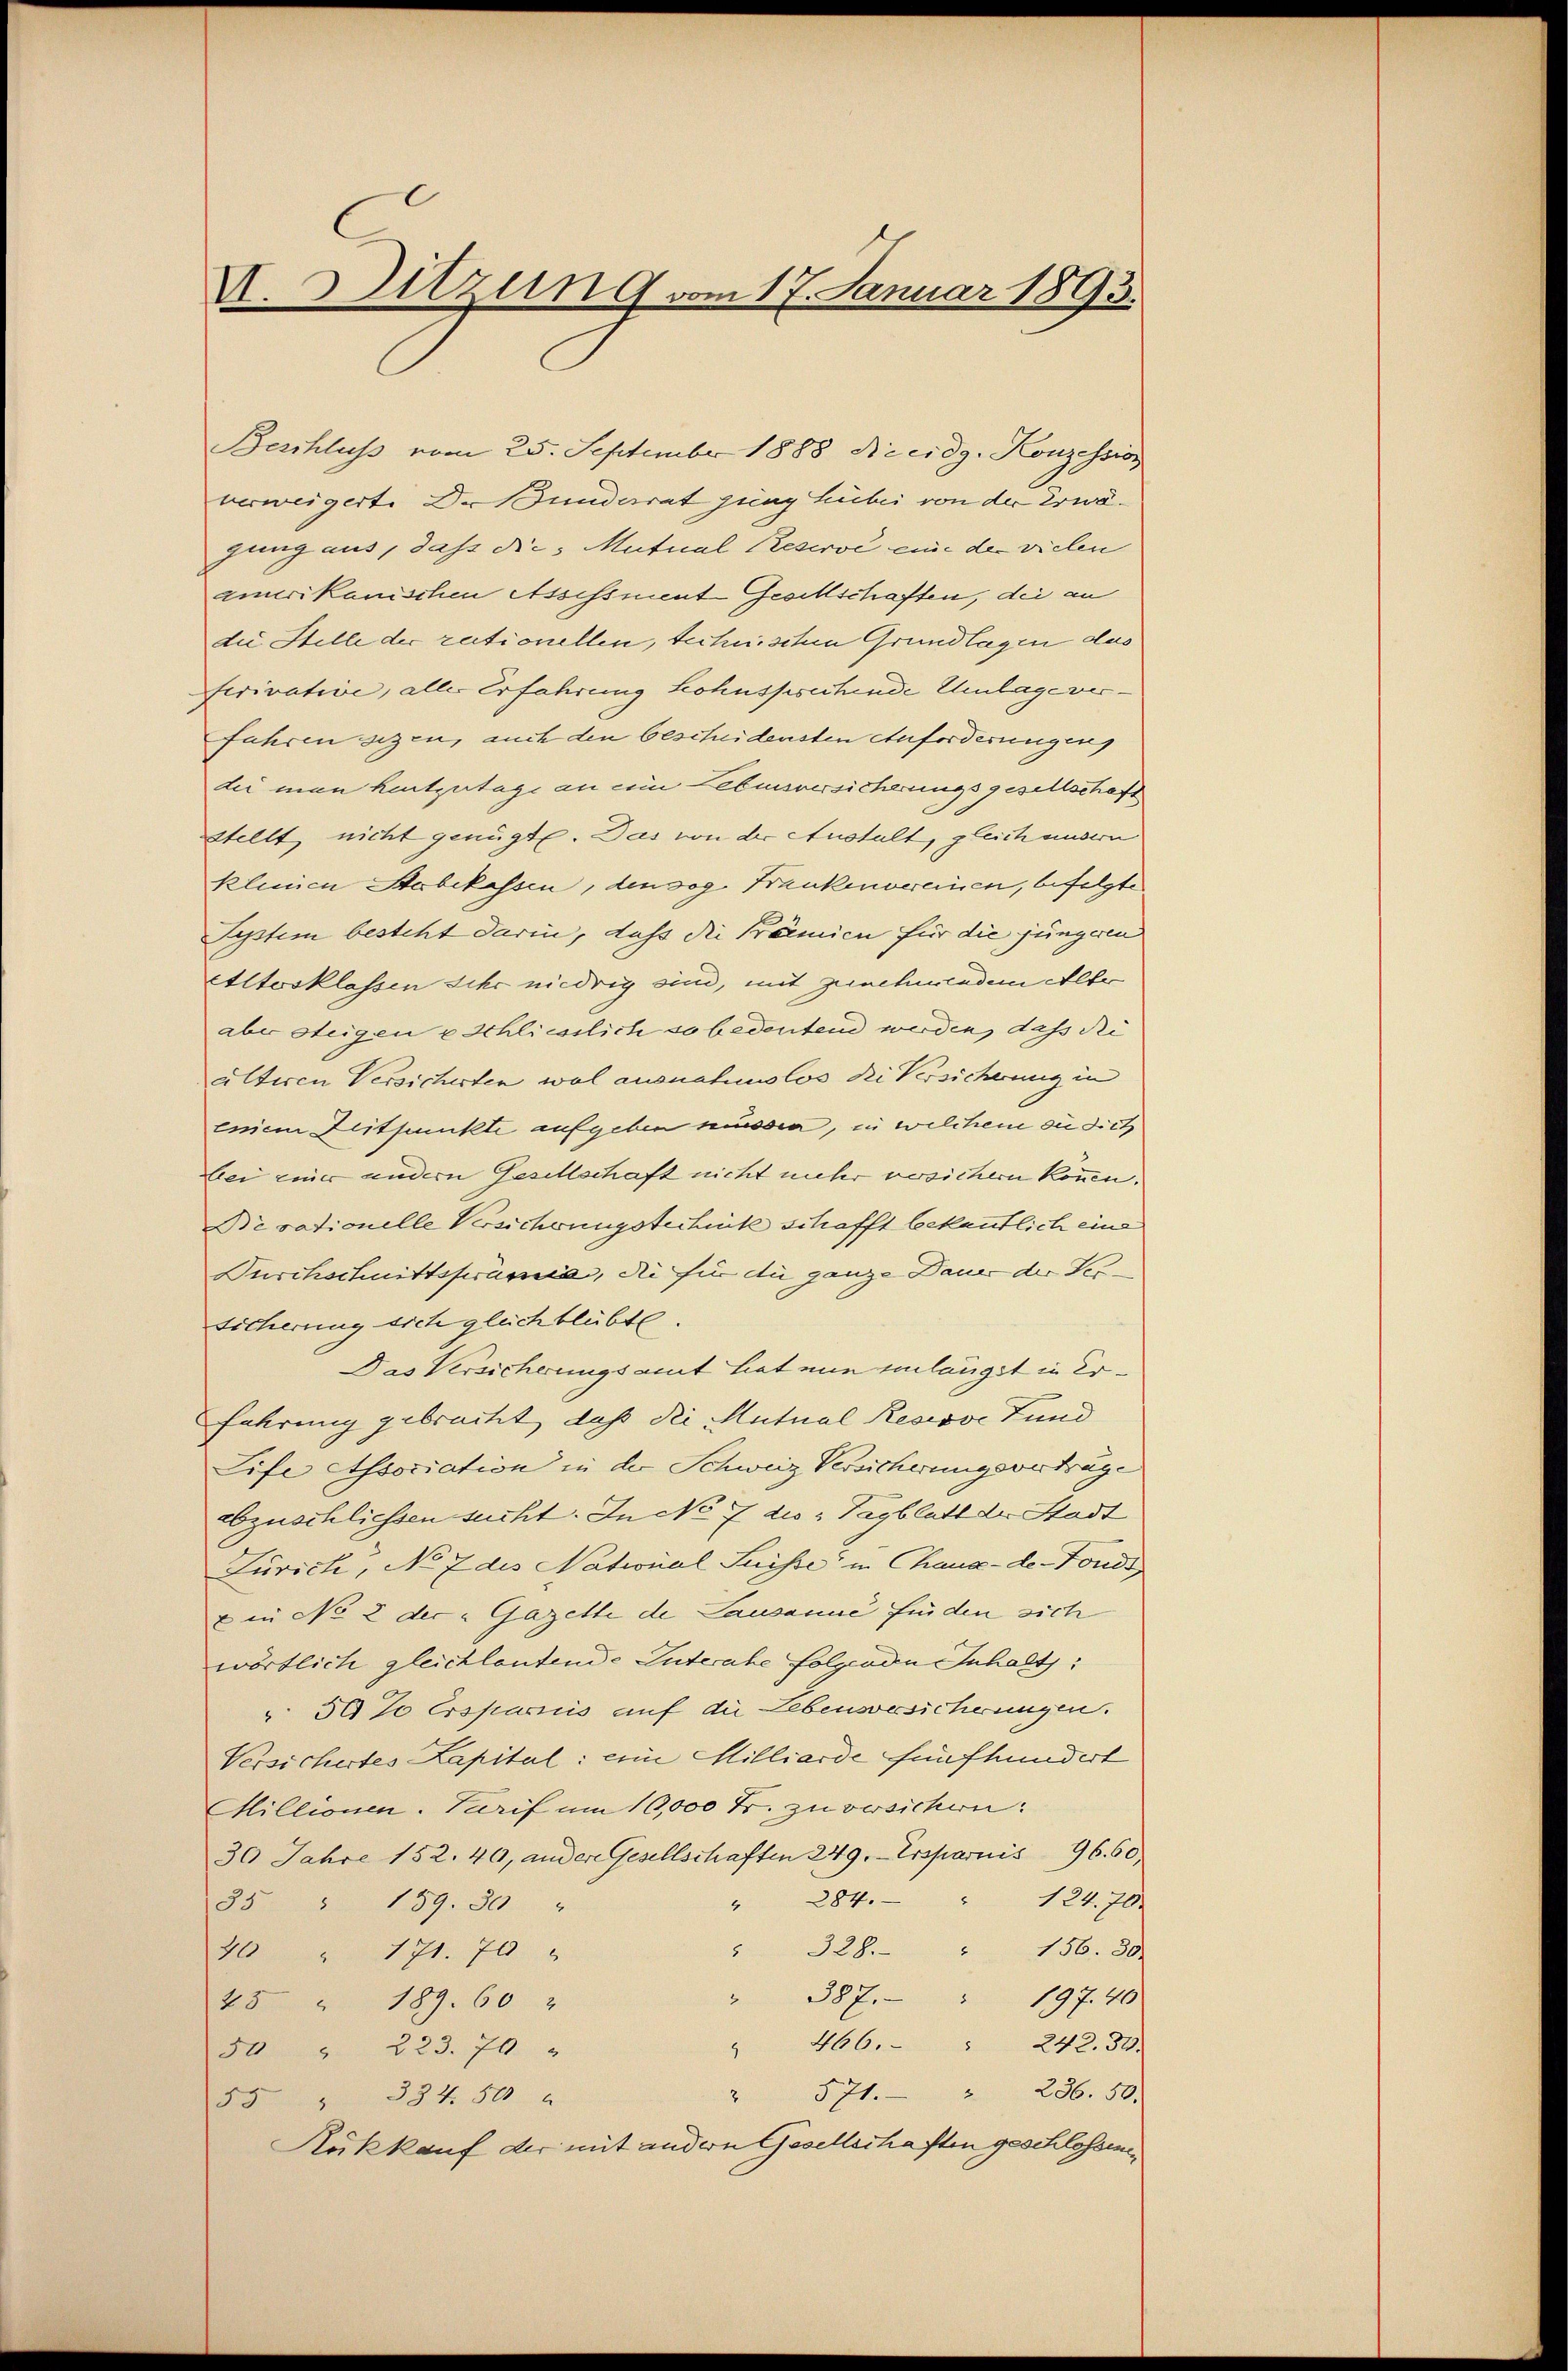
V. Sitzung vom 17. Januar 1893.

Beschluss vom 25. September 1888 Rccidg. Konzession
verweigerte Dr. Bunderat jung über von der Erwägung aus, dass die Mutual Reserve eine der vielen
amerikanischen Assissment Gesellschaften, der an
die Stelle der rationellen, technischen Grundlagen das
ferivative, alle Erfahrung Lohnspruchende Umlage ver¬
Jahren sezen, auch den bescheidensten Anforderungen
die man heutzutage an ein Lebensversicherungsgesellschaft
stellt nicht genügte. Das von der Austalt, gleich undern
kleinen Stabekassen, den sog. Frankenvereinen, befolgte
System besteht darin, dass die Krämien für die jüngeren
Altosklassen sehr niedrig sind, mit Ziecherledem Alter
aber steigen e schliesslich so bedeutend werden, dass de
älteren Versicherten wol ausnahmslos die Versicherung in
einem Zeitpunkte aufgeben müssen, in welchem sie dich
bei einer andern Gesellschaft nicht mehr versichern können.
Bisationelle Versicherungstechnitz schafft bekanntlich eine
Durchschnittsprämie, die für die ganze Dauer der Ver¬
Sicherung sich gleich blübte.
Das Versicherungsamt hat nun inlängst in Erfahrung gebracht, daß die Mutual Regisse Fund
Life Association in der Schweiz Versicherungsverträge
abzuschliessen sucht. In No 7 des Tagblatt der Stadt
Zürich, No 7 des National Suisse in Chaux-de-Fonds,
Ein No 2 der Gazette de Lausanne finden sich
wörtlich gleichlautende Interate folgenden Inhalts:
" 50% Ersparnis auf die Lebensversicherungen.
Versichertes Kapital: eine Milliarde fünfhundert
Millionen. Tarif um 10,000 Fr. zu versichen.
36 Jahre 152. 40, andere Gesellschaften 249. Ersparnis 96. 60,
124. 70.
" 284.
35 " 159. 30 "
" 328.
" 156. 30.
40 " 171. 70 "
" 387. " 197. 40
25 " 189. 60
" 466. " 242. 31.
50 " 223. 70
236. 50.
2
571.
2
55 " 334. 500
Rükkauf der mit andern Gesellschaften geschlossene